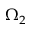
\Omega _ { 2 }